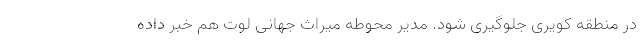
در منطقه کویری جلوگیری شود. مدیر محوطه میراث جهانی لوت هم خبر داده